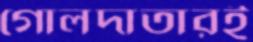
গোলদাতারই